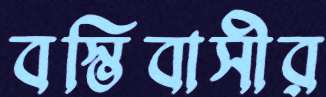
বস্তিবাসীর